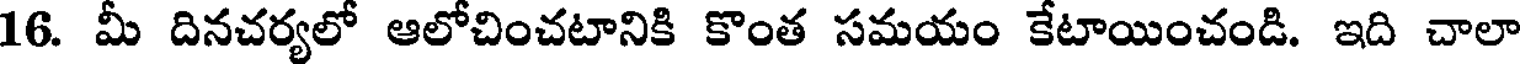
16. మీ దినచర్యలో ఆలోచించటానికి కొంత సమయం కేటాయించండి. ఇది చాలా